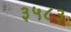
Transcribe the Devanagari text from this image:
३५८३